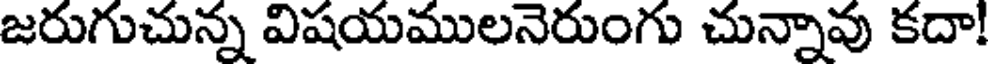
జరుగుచున్న విషయములనెరుంగు చున్నావు కదా!